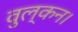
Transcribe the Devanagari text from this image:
वुल्कन।